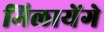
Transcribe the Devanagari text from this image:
मिलायेंगे